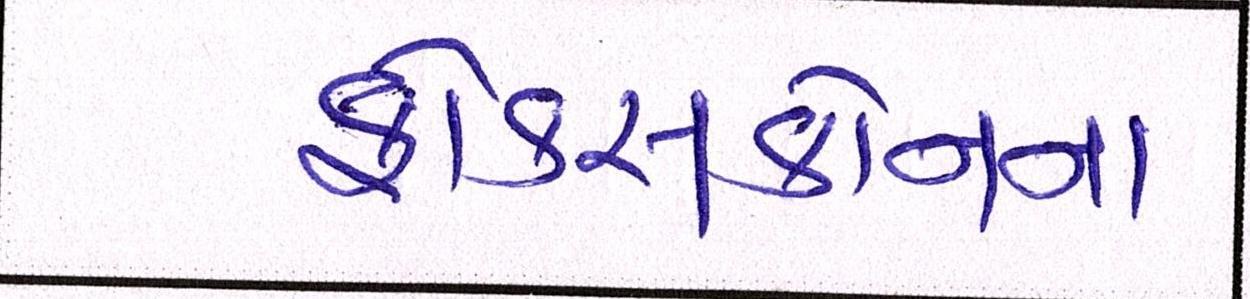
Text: ફોક્સકોનના